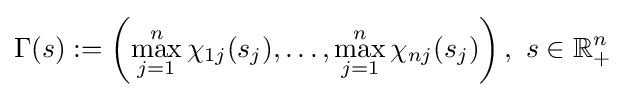
\Gamma (s):=\left(\max _{j=1}^{n}\chi _{1j}(s_{j}),\ldots ,\max _{j=1}^{n}\chi _{nj}(s_{j})\right),\ s\in \mathbb {R} _{+}^{n}